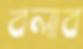
বলাব